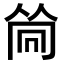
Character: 𠕞